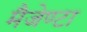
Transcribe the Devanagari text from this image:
मैजेण्टा